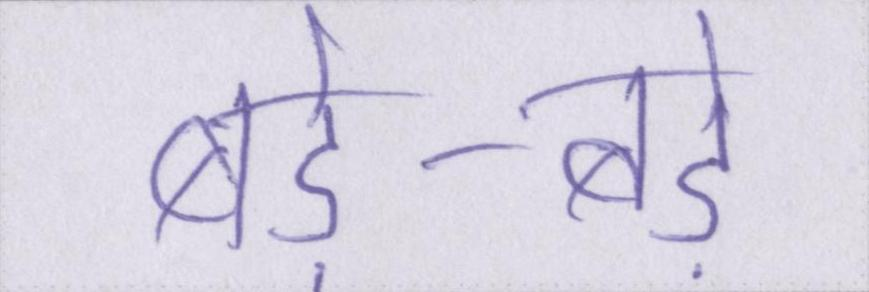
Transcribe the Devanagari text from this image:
बड़े-बड़े